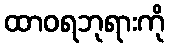
ထာဝရဘုရားကို